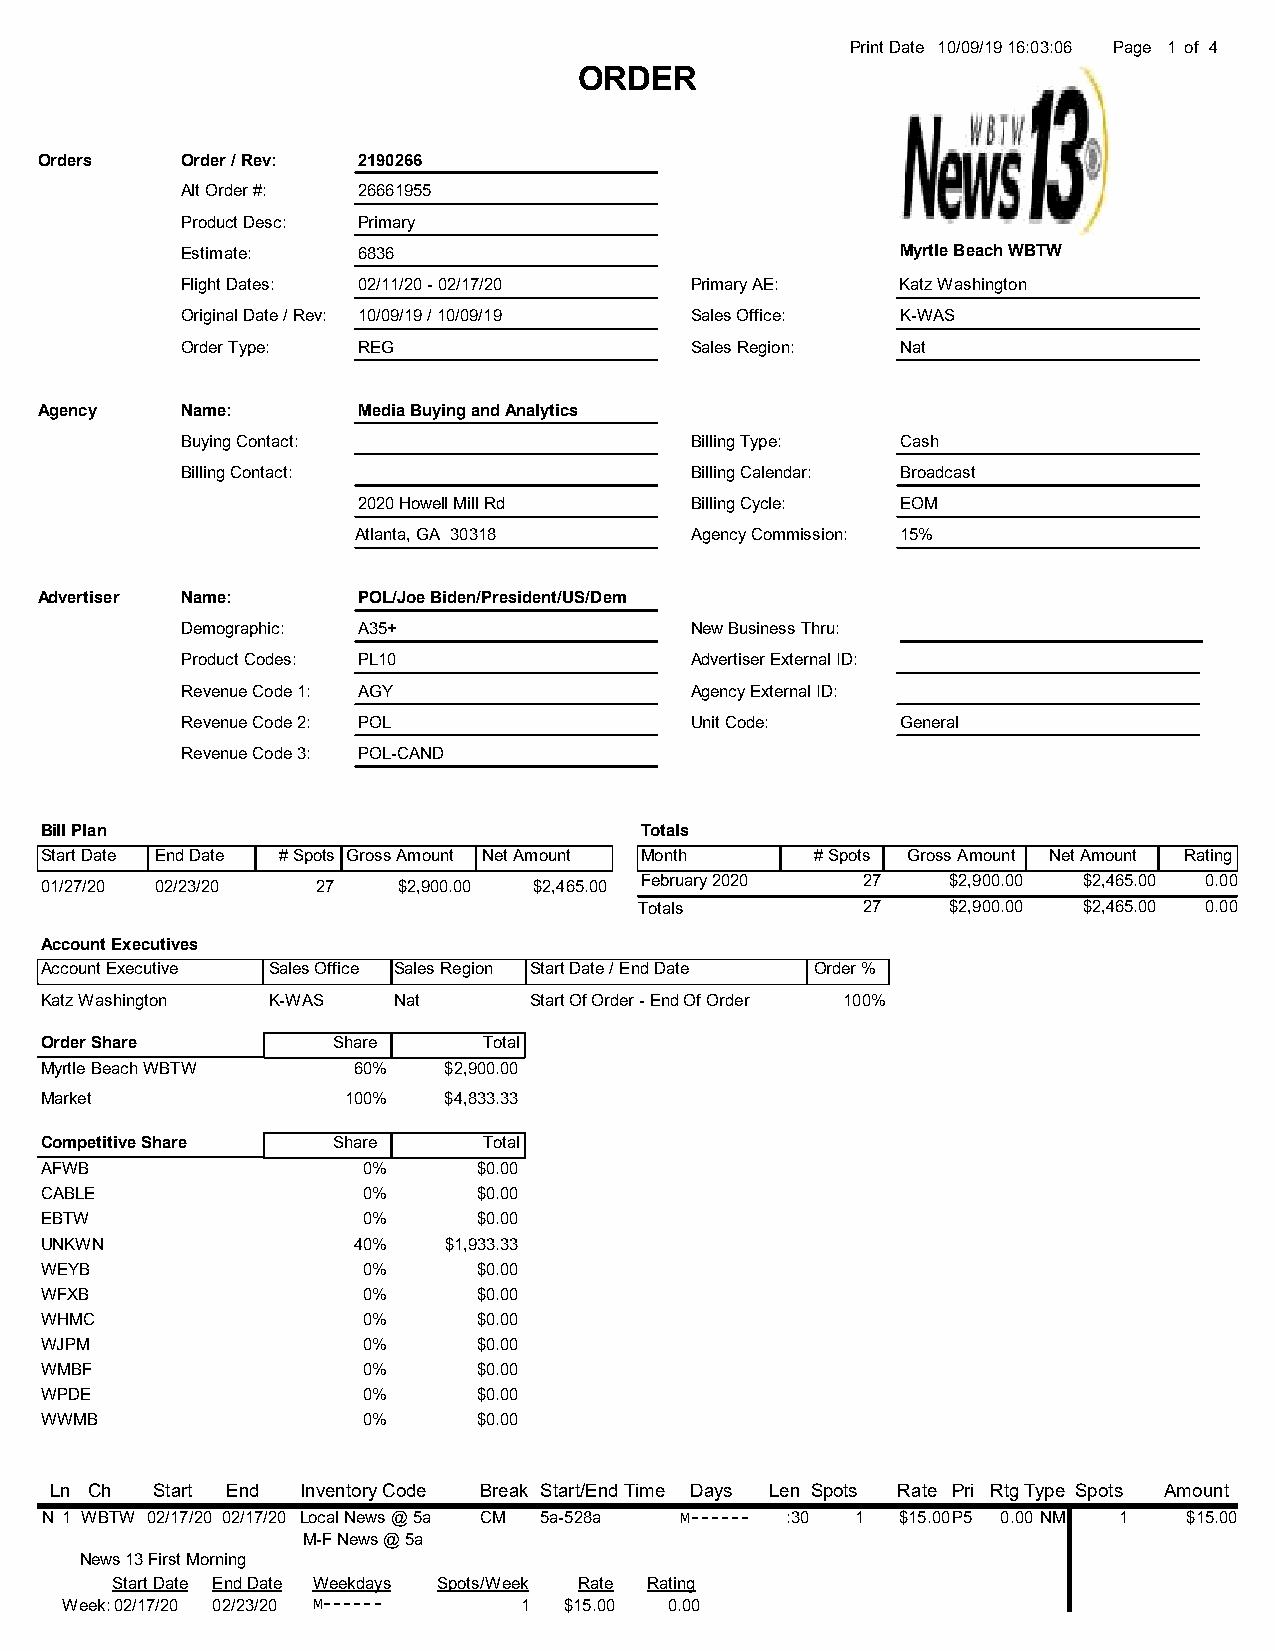
Print Date 10/09/19 16:03:06 Page 1 of 4
 ORDER
 Orders    Order / Rev: 2190266
 Alt Order #: 26661955
 Product Desc: Primary
 Estimate:   6836                                Myrtle Beach WBTW
 Flight Dates: 02/11/20 - 02/17/20 Primary AE:   Katz Washington
 Original Date / Rev: 10/09/19 / 10/09/19 Sales Office: K-WAS
 Order Type: REG                   Sales Region: Nat
 Agency    Name:       Media Buying and Analytics
 Buying Contact:                   Billing Type: Cash
 Billing Contact:                  Billing Calendar: Broadcast
 2020 Howell Mill Rd   Billing Cycle: EOM
 Atlanta, GA 30318      Agency Commission: 15%
 Advertiser Name:      POL/Joe Biden/President/US/Dem
 Demographic: A35+                 New Business Thru:
 Product Codes: PL10               Advertiser External ID:
 Revenue Code 1: AGY               Agency External ID:
 Revenue Code 2: POL               Unit Code:    General
 Revenue Code 3: POL-CAND
 Bill Plan                              Totals
 Start Date End Date # Spots Gross Amount Net Amount Month # Spots Gross Amount Net Amount Rating
 01/27/20 02/23/20 27   $2,900.00 $2,465.00 February 2020 27 $2,900.00 $2,465.00 0.00
 Totals         27    $2,900.00 $2,465.00 0.00
 Account Executives
 Account Executive Sales Office Sales Region Start Date / End Date Order %
 Katz Washington K-WAS  Nat      Start Of Order - End Of Order 100%
 Order Share        Share     Total
 Myrtle Beach WBTW   60%   $2,900.00
 Market              100%  $4,833.33
 Competitive Share  Share     Total
 AFWB                 0%      $0.00
 CABLE                0%      $0.00
 EBTW                 0%      $0.00
 UNKWN               40%   $1,933.33
 WEYB                 0%      $0.00
 WFXB                 0%      $0.00
 WHMC                 0%      $0.00
 WJPM                 0%      $0.00
 WMBF                 0%      $0.00
 WPDE                 0%      $0.00
 WWMB                 0%      $0.00
 Ln Ch  Start End Inventory Code Break Start/End Time Days Len Spots Rate Pri RtgType Spots Amount
 N 1 WBTW 02/17/20 02/17/20 Local News @ 5a CM 5a-528a M------ :30 1 $15.00P5 0.00 NM 1 $15.00
 M-F News @ 5a
 News 13 First Morning
 Start Date End Date Weekdays Spots/Week Rate Rating
 Week: 02/17/20 02/23/20 M------ 1 $15.00 0.00